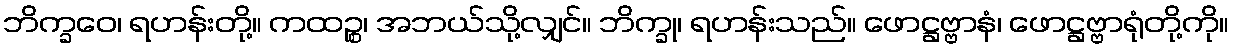
ဘိက္ခဝေ၊ ရဟန်းတို့။ ကထဉ္စ၊ အဘယ်သို့လျှင်။ ဘိက္ခု၊ ရဟန်းသည်။ ဖောဋ္ဌဗ္ဗာနံ၊ ဖောဋ္ဌဗ္ဗာရုံတို့ကို။